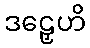
ဒဠှေဟိ